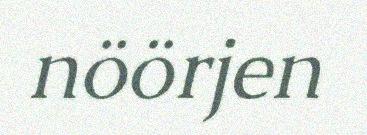
nöörjen